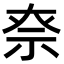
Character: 𥘾